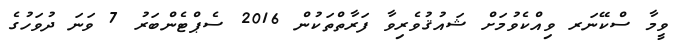
ވީމާ ސްކޭނަރ ވިއްކެވުމަށް ޝައުޤުވެރިވާ ފަރާތްތަކުން 2016 ސެޕްޓެންބަރު 7 ވަނަ ދުވަހުގެ